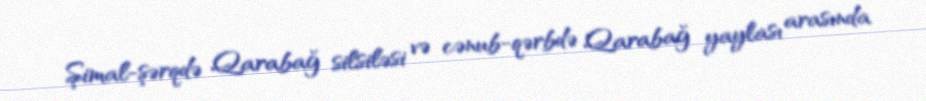
Şimal-şərqdə Qarabağ silsiləsi və cənub-qərbdə Qarabağ yaylası arasında